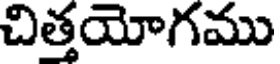
చిత్తయోగము